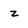
Character: z